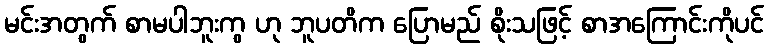
မင်းအတွက် စာမပါဘူးကွ ဟု ဘူပတိက ပြောမည် စိုးသဖြင့် စာအကြောင်းကိုပင်